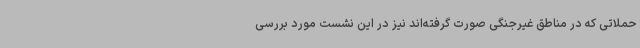
حملاتی که در مناطق غیرجنگی صورت گرفته‌اند نیز در این نشست مورد بررسی